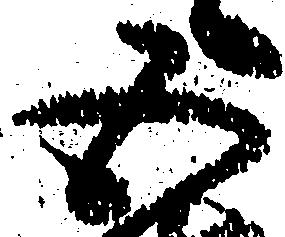
五